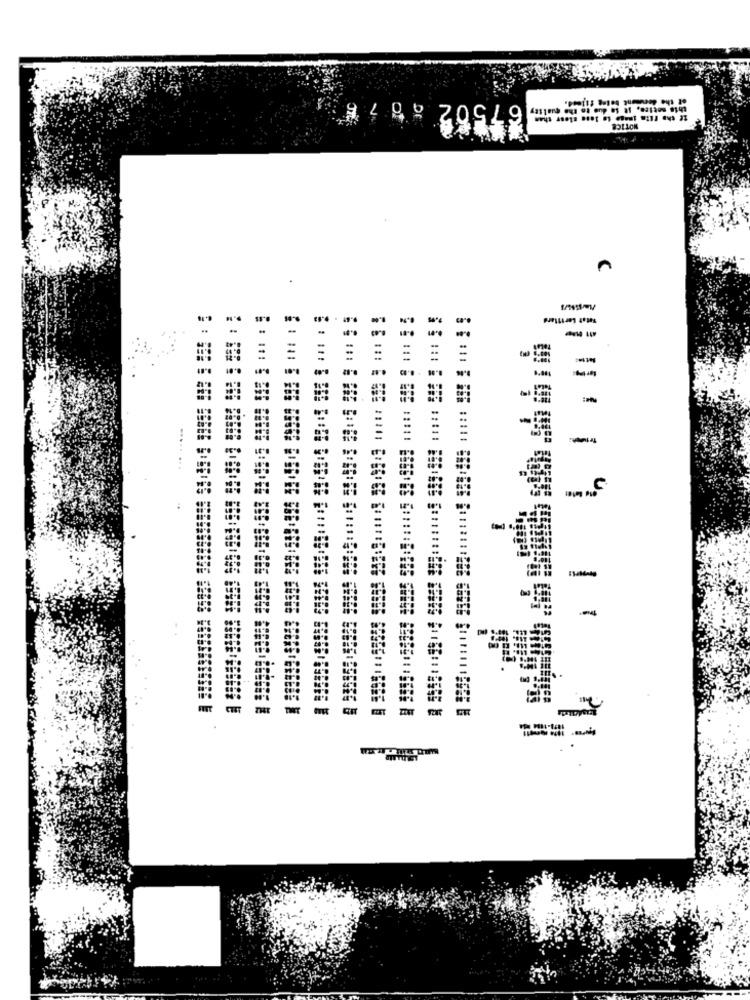
67502 287₺
of the document beleg filmed.
this notice, it So due to the quality
Tatet Leriflerd
-
-
-
-